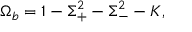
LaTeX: \Omega _ { b } = 1 - \Sigma _ { + } ^ { 2 } - \Sigma _ { - } ^ { 2 } - K ,